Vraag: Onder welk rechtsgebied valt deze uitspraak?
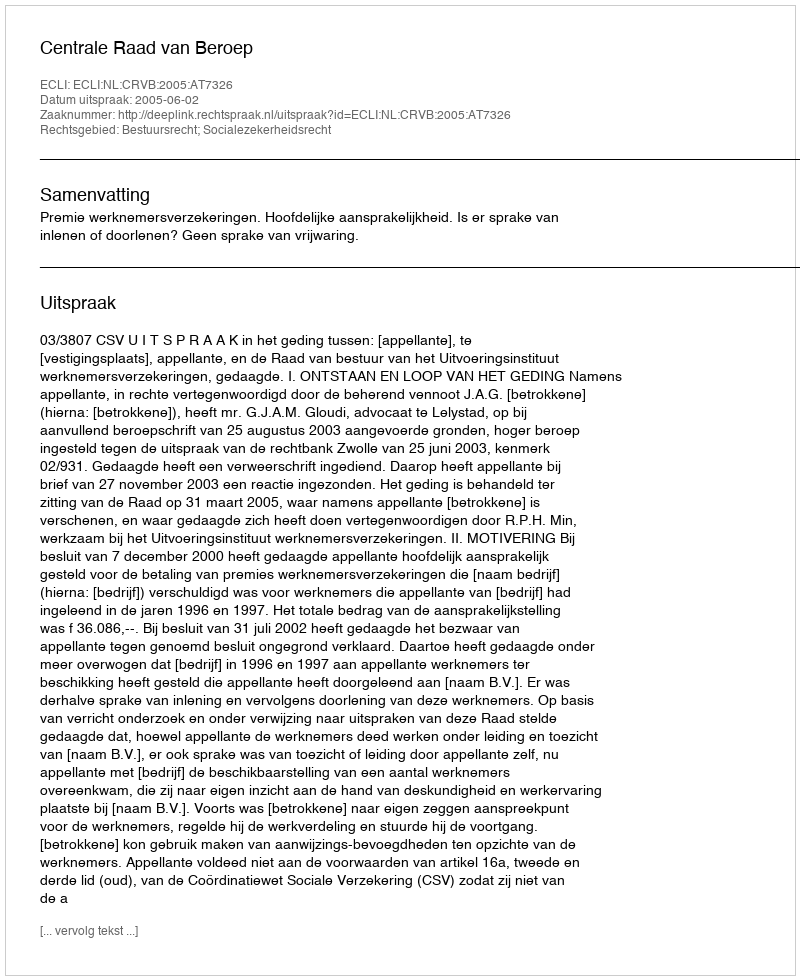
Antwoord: Bestuursrecht; Socialezekerheidsrecht